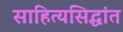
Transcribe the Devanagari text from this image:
साहित्यसिद्धांत